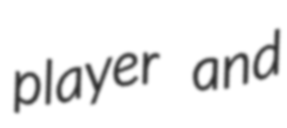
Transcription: player and